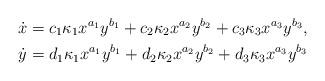
LaTeX: \begin{align*}\dot{x} &= c_1\kappa_1 x^{a_1}y^{b_1} + c_2\kappa_2 x^{a_2}y^{b_2} + c_3\kappa_3 x^{a_3}y^{b_3}, \\\dot{y} &= d_1\kappa_1 x^{a_1}y^{b_1} + d_2\kappa_2 x^{a_2}y^{b_2} + d_3\kappa_3 x^{a_3}y^{b_3}\end{align*}